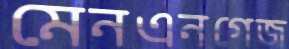
মেনএনগেজ